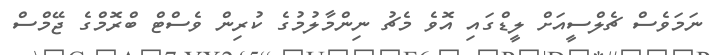
ނަމަވެސް ޗެލްސީއަށް ލީޑްގައި އޮވެ މެޗު ނިންމާލުމުގެ ކުރިން ވެސްޓް ބްރޮމްގެ ޖޭމްސް